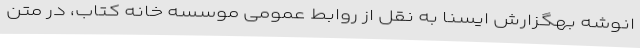
انوشه بهگزارش ایسنا به نقل از روابط عمومی موسسه خانه کتاب، در متن